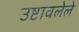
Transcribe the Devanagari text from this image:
उष्टावलेले